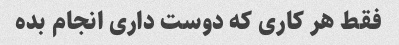
فقط هر کاری که دوست داری انجام بده